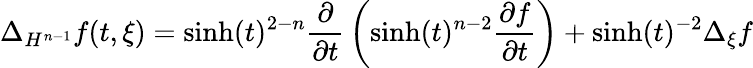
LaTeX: \Delta_{H^{n-1}}f(t,\xi)=\sinh(t)^{2-n}{\frac{\partial}{\partial t}}\left(\sinh(t)^{n-2}{\frac{\partial f}{\partial t}}\right)+\sinh(t)^{-2}\Delta_{\xi}f